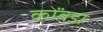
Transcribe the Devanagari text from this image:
कोंंबडा